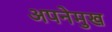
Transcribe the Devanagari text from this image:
अपनेमुख